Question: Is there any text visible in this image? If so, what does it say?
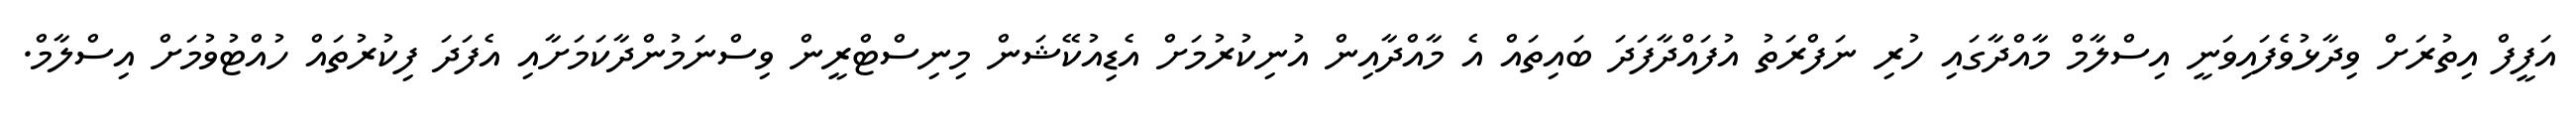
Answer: އަފީފް އިތުރަށް ވިދާޅުވެފައިވަނީ އިސްލާމް މާއްދާގައި ހުރި ނަފްރަތު އުފައްދާފަދަ ބައިތައް އެ މާއްދާއިން އުނިކުރުމަށް އެޑިއުކޭޝަން މިނިސްޓްރީން ވިސްނަމުންދާކަމަށާއި އެފަދަ ފިކުރުތައް ހުއްޓުވުމަށް އިސްލާމް.